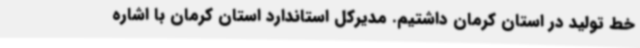
خط تولید در استان کرمان داشتیم. مدیرکل استاندارد استان کرمان با اشاره